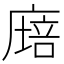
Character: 𢊫